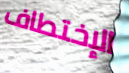
الإختطاف